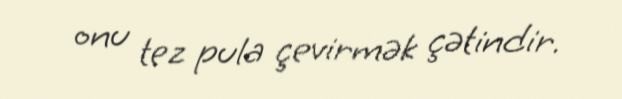
onu tez pula çevirmək çətindir.